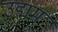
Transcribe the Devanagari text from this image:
उद्मम